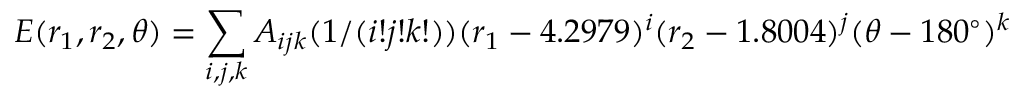
E ( r _ { 1 } , r _ { 2 } , \theta ) = \sum _ { i , j , k } A _ { i j k } ( 1 / ( i ! j ! k ! ) ) ( r _ { 1 } - 4 . 2 9 7 9 ) ^ { i } ( r _ { 2 } - 1 . 8 0 0 4 ) ^ { j } ( \theta - 1 8 0 ^ { \circ } ) ^ { k }